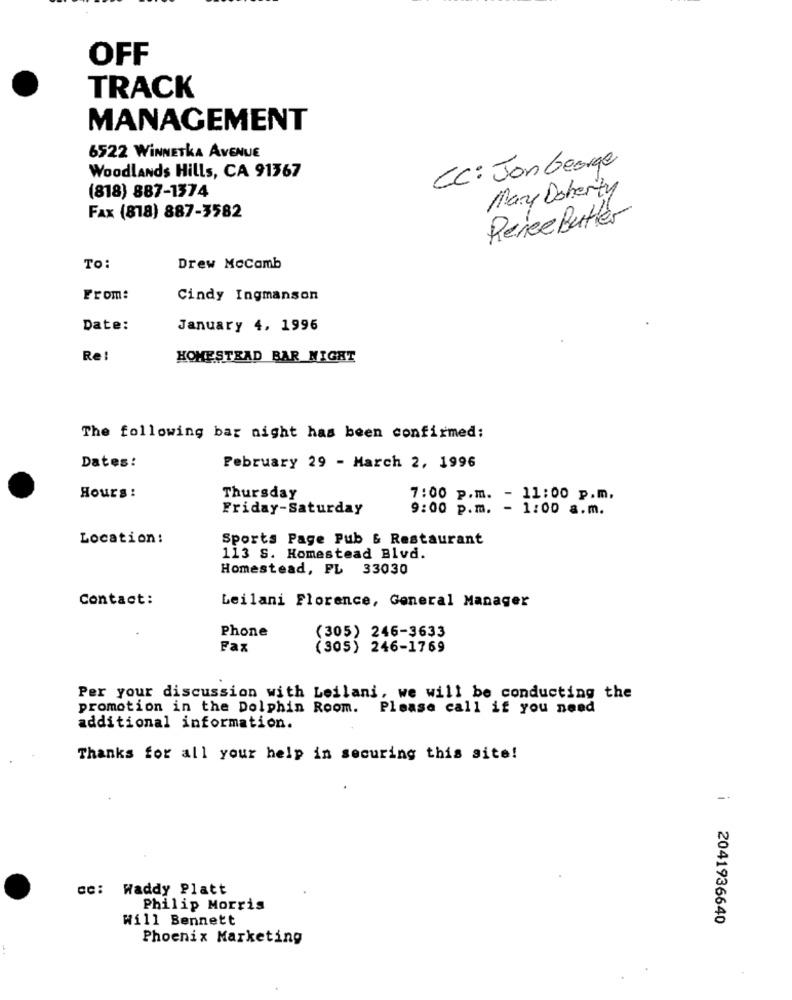
OFF
TRACK
MANAGEMENT
6522 WINNETKA AVENUE
CC: Jon George
Woodlands Hills, CA 91367
Mary Doherty
(818) 887-1374
Fax (878) 887-3582
Renee Butter
TO:
Drew Mccomb
From:
Cindy Ingmanson
Date:
January 4, 1996
Re!
HOMESTEAD BAR NIGHT
The following bar night has been confirmed:
Dates:
February 29 - March 2, 1996
Hours :
Thursday
7:00 p.m. - 11:00 p.m.
Friday-Saturday
9:00 p.m. - 1:00 a.m.
Location:
Sports Page Pub & Restaurant
113 S. Homestead Blvd.
Homestead, FL 33030
Contact:
Leilani Florence, General Manager
Phone
(305) 246-3633
Fax
(305) 246-1769
Per your discussion with Leilani, we will be conducting the
promotion in the Dolphin Room. Please call if you need
additional information.
Thanks for all your help in securing this site!
cc: Waddy Platt
Philip Morris
Will Bennett
i 2041936640
Phoenix Marketing